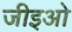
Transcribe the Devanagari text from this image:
जीइओ